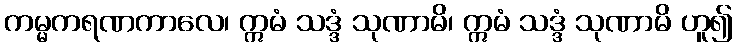
ကမ္မကရဏကာလေ၊ ဣမံ သဒ္ဒံ သုဏာမိ၊ ဣမံ သဒ္ဒံ သုဏာမိ ဟူ၍